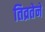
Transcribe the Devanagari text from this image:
तिव्रतेने